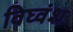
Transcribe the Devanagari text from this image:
विघ्वंश